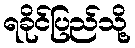
ရခိုင်ပြည်သို့